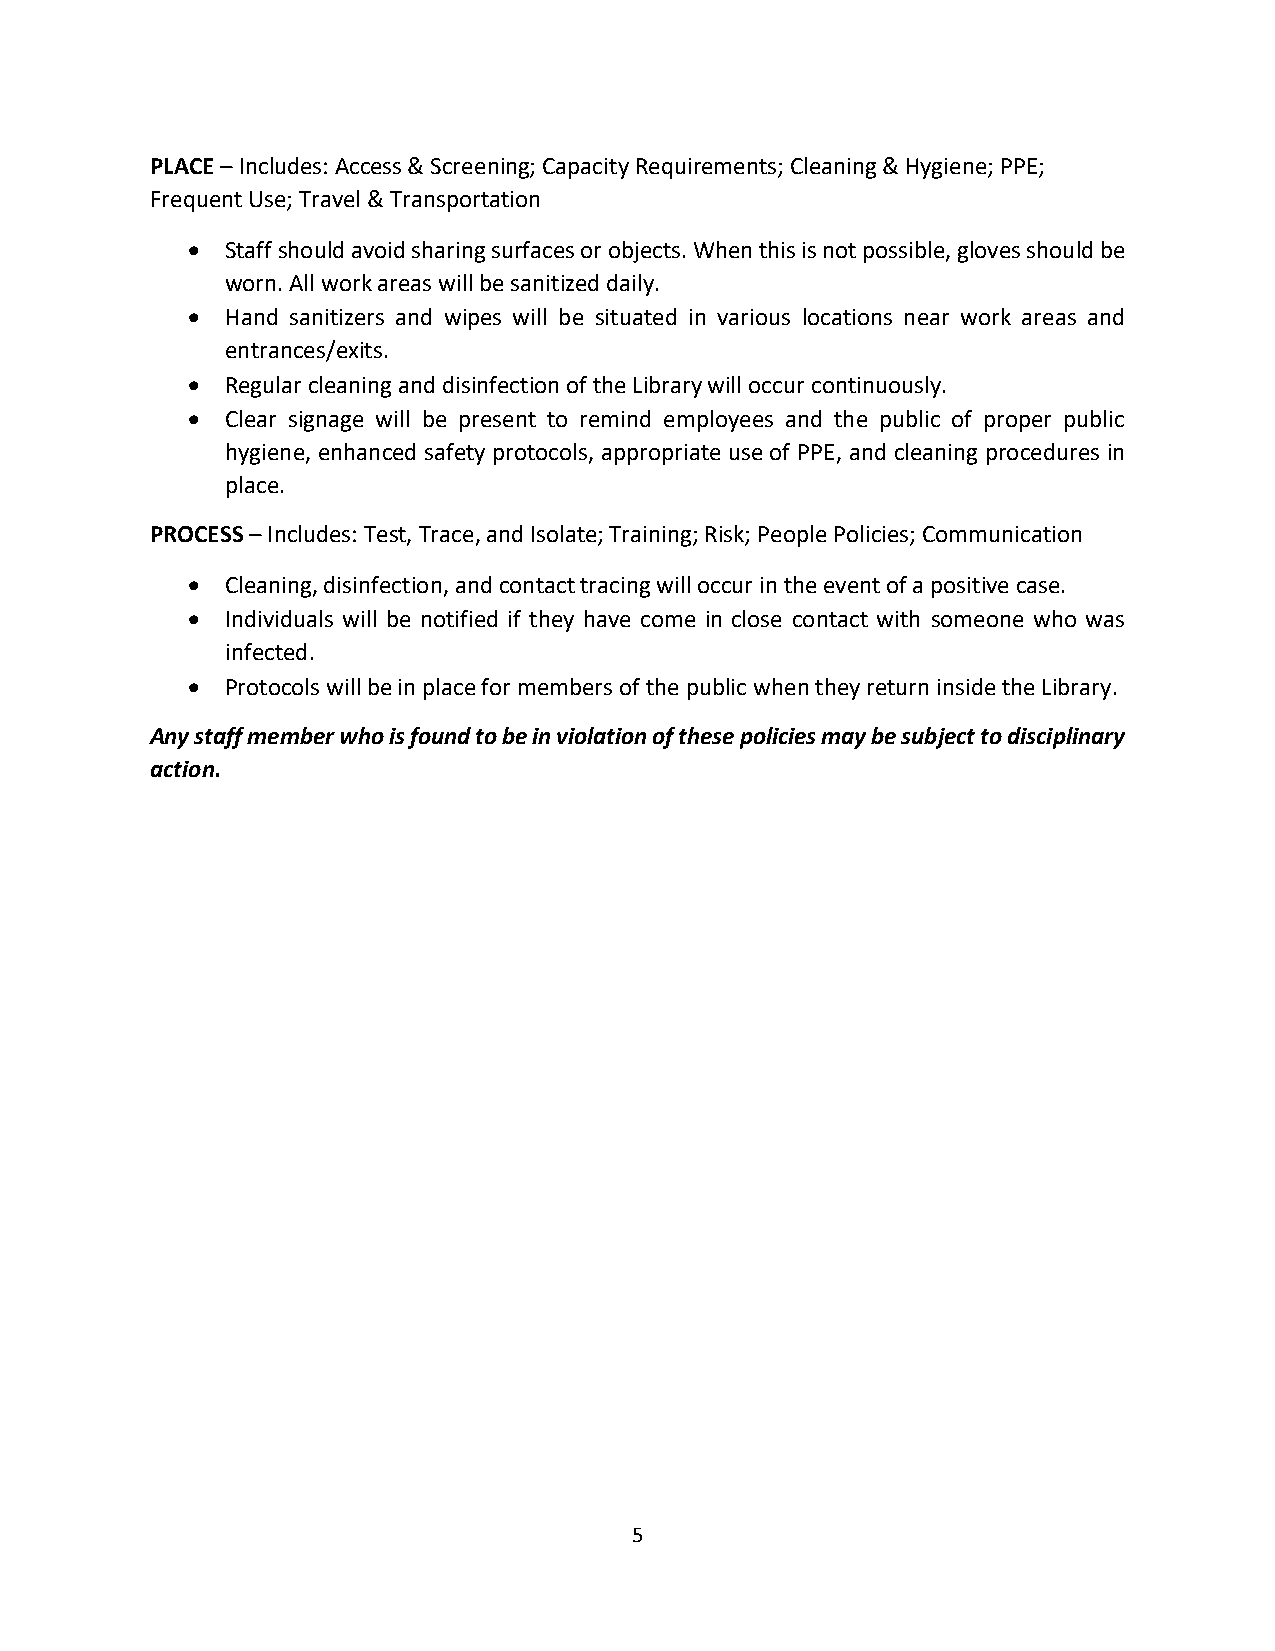
PLACE – Includes: Access & Screening; Capacity Requirements; Cleaning & Hygiene; PPE;
 Frequent Use; Travel & Transportation
 •  Staff should avoid sharing surfaces or objects. When this is not possible, gloves should be
 worn. All work areas will be sanitized daily.
 •  Hand sanitizers and wipes will be situated in various locations near work areas and
 entrances/exits.
 •  Regular cleaning and disinfection of the Library will occur continuously.
 •  Clear signage will be present to remind employees and the public of proper public
 hygiene, enhanced safety protocols, appropriate use of PPE, and cleaning procedures in
 place.
 PROCESS – Includes: Test, Trace, and Isolate; Training; Risk; People Policies; Communication
 •  Cleaning, disinfection, and contact tracing will occur in the event of a positive case.
 •  Individuals will be notified if they have come in close contact with someone who was
 infected.
 •  Protocols will be in place for members of the public when they return inside the Library.
 Any staff member who is found to be in violation of these policies may be subject to disciplinary
 action.
 5